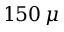
1 5 0 \, \mu